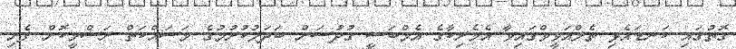
ގޮތުގައި ކަނޑައެޅި ތެލްއަވީވްގައިވާ އެމެރިކާގެ އެމްބަސީ ގުދުސަށް ބަދަލުކުރުމުގެ މަސައްކަތް ރަސްމީކޮށްް ފެށި